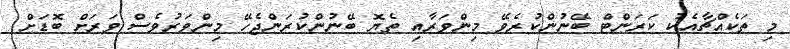
މި ތަކެއްޗާއެކު ކަރަންޓް ބޭނުންކުރެވޭ މިންވަރާއި ތެޔޮ ބޭނުންކުރަންޖެހޭ މިންވަރުވެސް ވަރަށް ބޮޑަށް